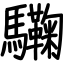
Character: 驧